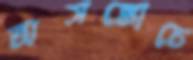
অসঙ্কোচে